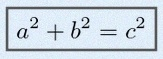
a^2+b^2=c^2